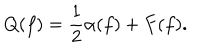
Q ( f ) = { \frac { 1 } { 2 } } \alpha ( f ) + F ( f ) .